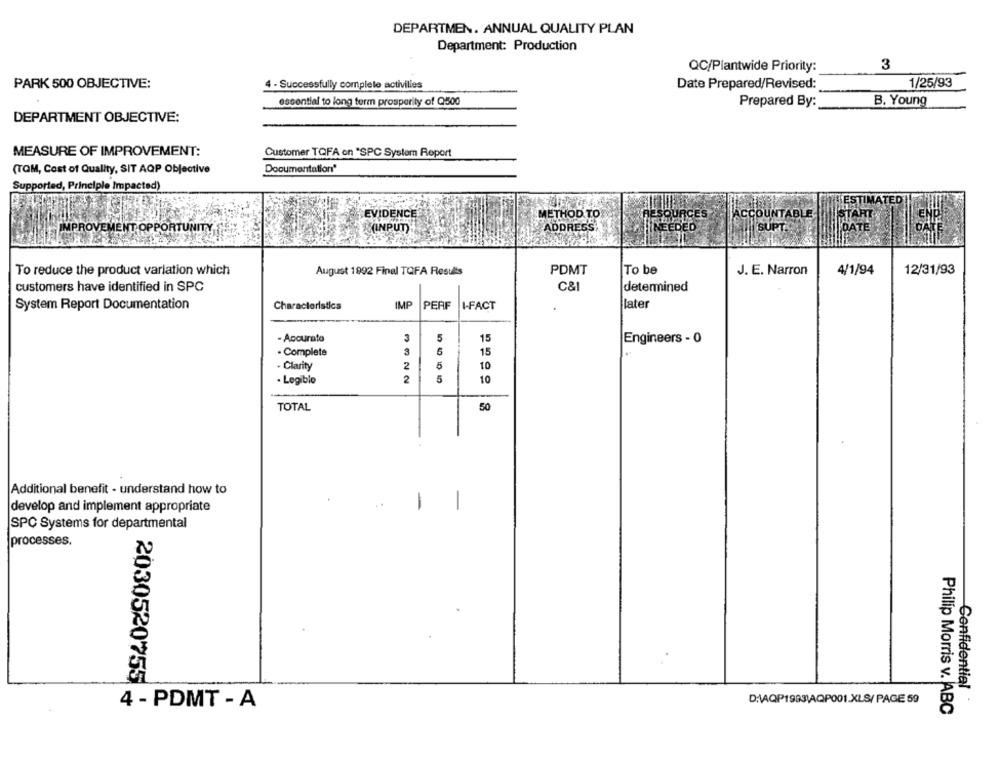
DEPARTMEN. ANNUAL QUALITY PLAN
Department: Production
QC/Plantwide Priority:
3
PARK 500 OBJECTIVE:
4 - Successfully complete activilies
Date Prepared/Revised:
1/25/93
essential to long term prosperity of Q500
Prepared By:
B. Young
DEPARTMENT OBJECTIVE:
MEASURE OF IMPROVEMENT:
Customer TQFA on "SPC System Roport
Documentation"
(TOM, Cost of Quality, SIT AQP Objective
Supported, Principle Impacted)
ESTIMATED
EVIDENCE
METHOD TO
ACCOUNTABLE
START
DAT
IMPROVEMENT OPPORTUNITY
INPUT)
ADDRESS
SUPT.
To reduce the product variation which
August 1992 Final TQFA Results
PDMT
To be
J. E. Narron
4/1/94
12/31/93
customers have identified in SPC
C&I
determined
System Report Documentation
IMP
PERF
I-FACT
later
Characteristics
- Accurate
5
15
Engineers - 0
3
- Complete
15
. Clarity
2
5
10
· Legible
2
5
10
TOTAL
50
Additional benefit - understand how to
..
develop and implement appropriate
-
SPC Systems for departmental
processes.
Confidentiel
2030520755 +
D:\AQP1983\AQP001.XLS/ PAGE 59
4 - PDMT - A
Philip Morris v. ABC